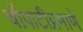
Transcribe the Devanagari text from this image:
चौपाटीप्रमाणे